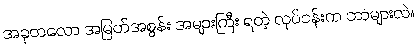
အခုတလော အမြတ်အစွန်း အများကြီး ရတဲ့ လုပ်ငန်းက ဘာများလဲ။